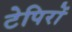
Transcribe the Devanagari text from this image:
टेपिरों